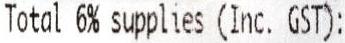
TOTAL 6% SUPPLIES (INC. GST):